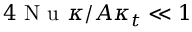
4 \mathrm { ~ N ~ u ~ } \kappa / A \kappa _ { t } \ll 1